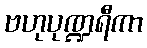
ဗဟုပုဏ္ဍရီကာ